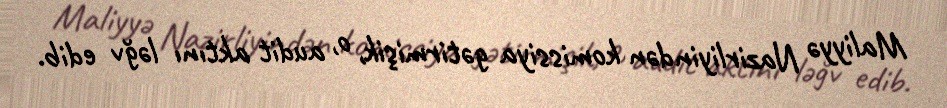
Maliyyə Nazirliyindən komissiya gətirmişik, o, audit aktını ləğv edib.